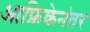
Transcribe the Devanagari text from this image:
आफ्रिकेनंतर